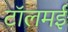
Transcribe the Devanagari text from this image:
टॉलमई